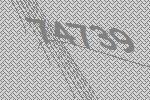
74739